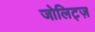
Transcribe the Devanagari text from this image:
जोलिट्ज़